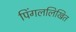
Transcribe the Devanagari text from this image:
पिंगललिखित